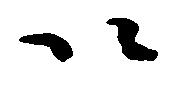
以